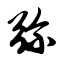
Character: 弥